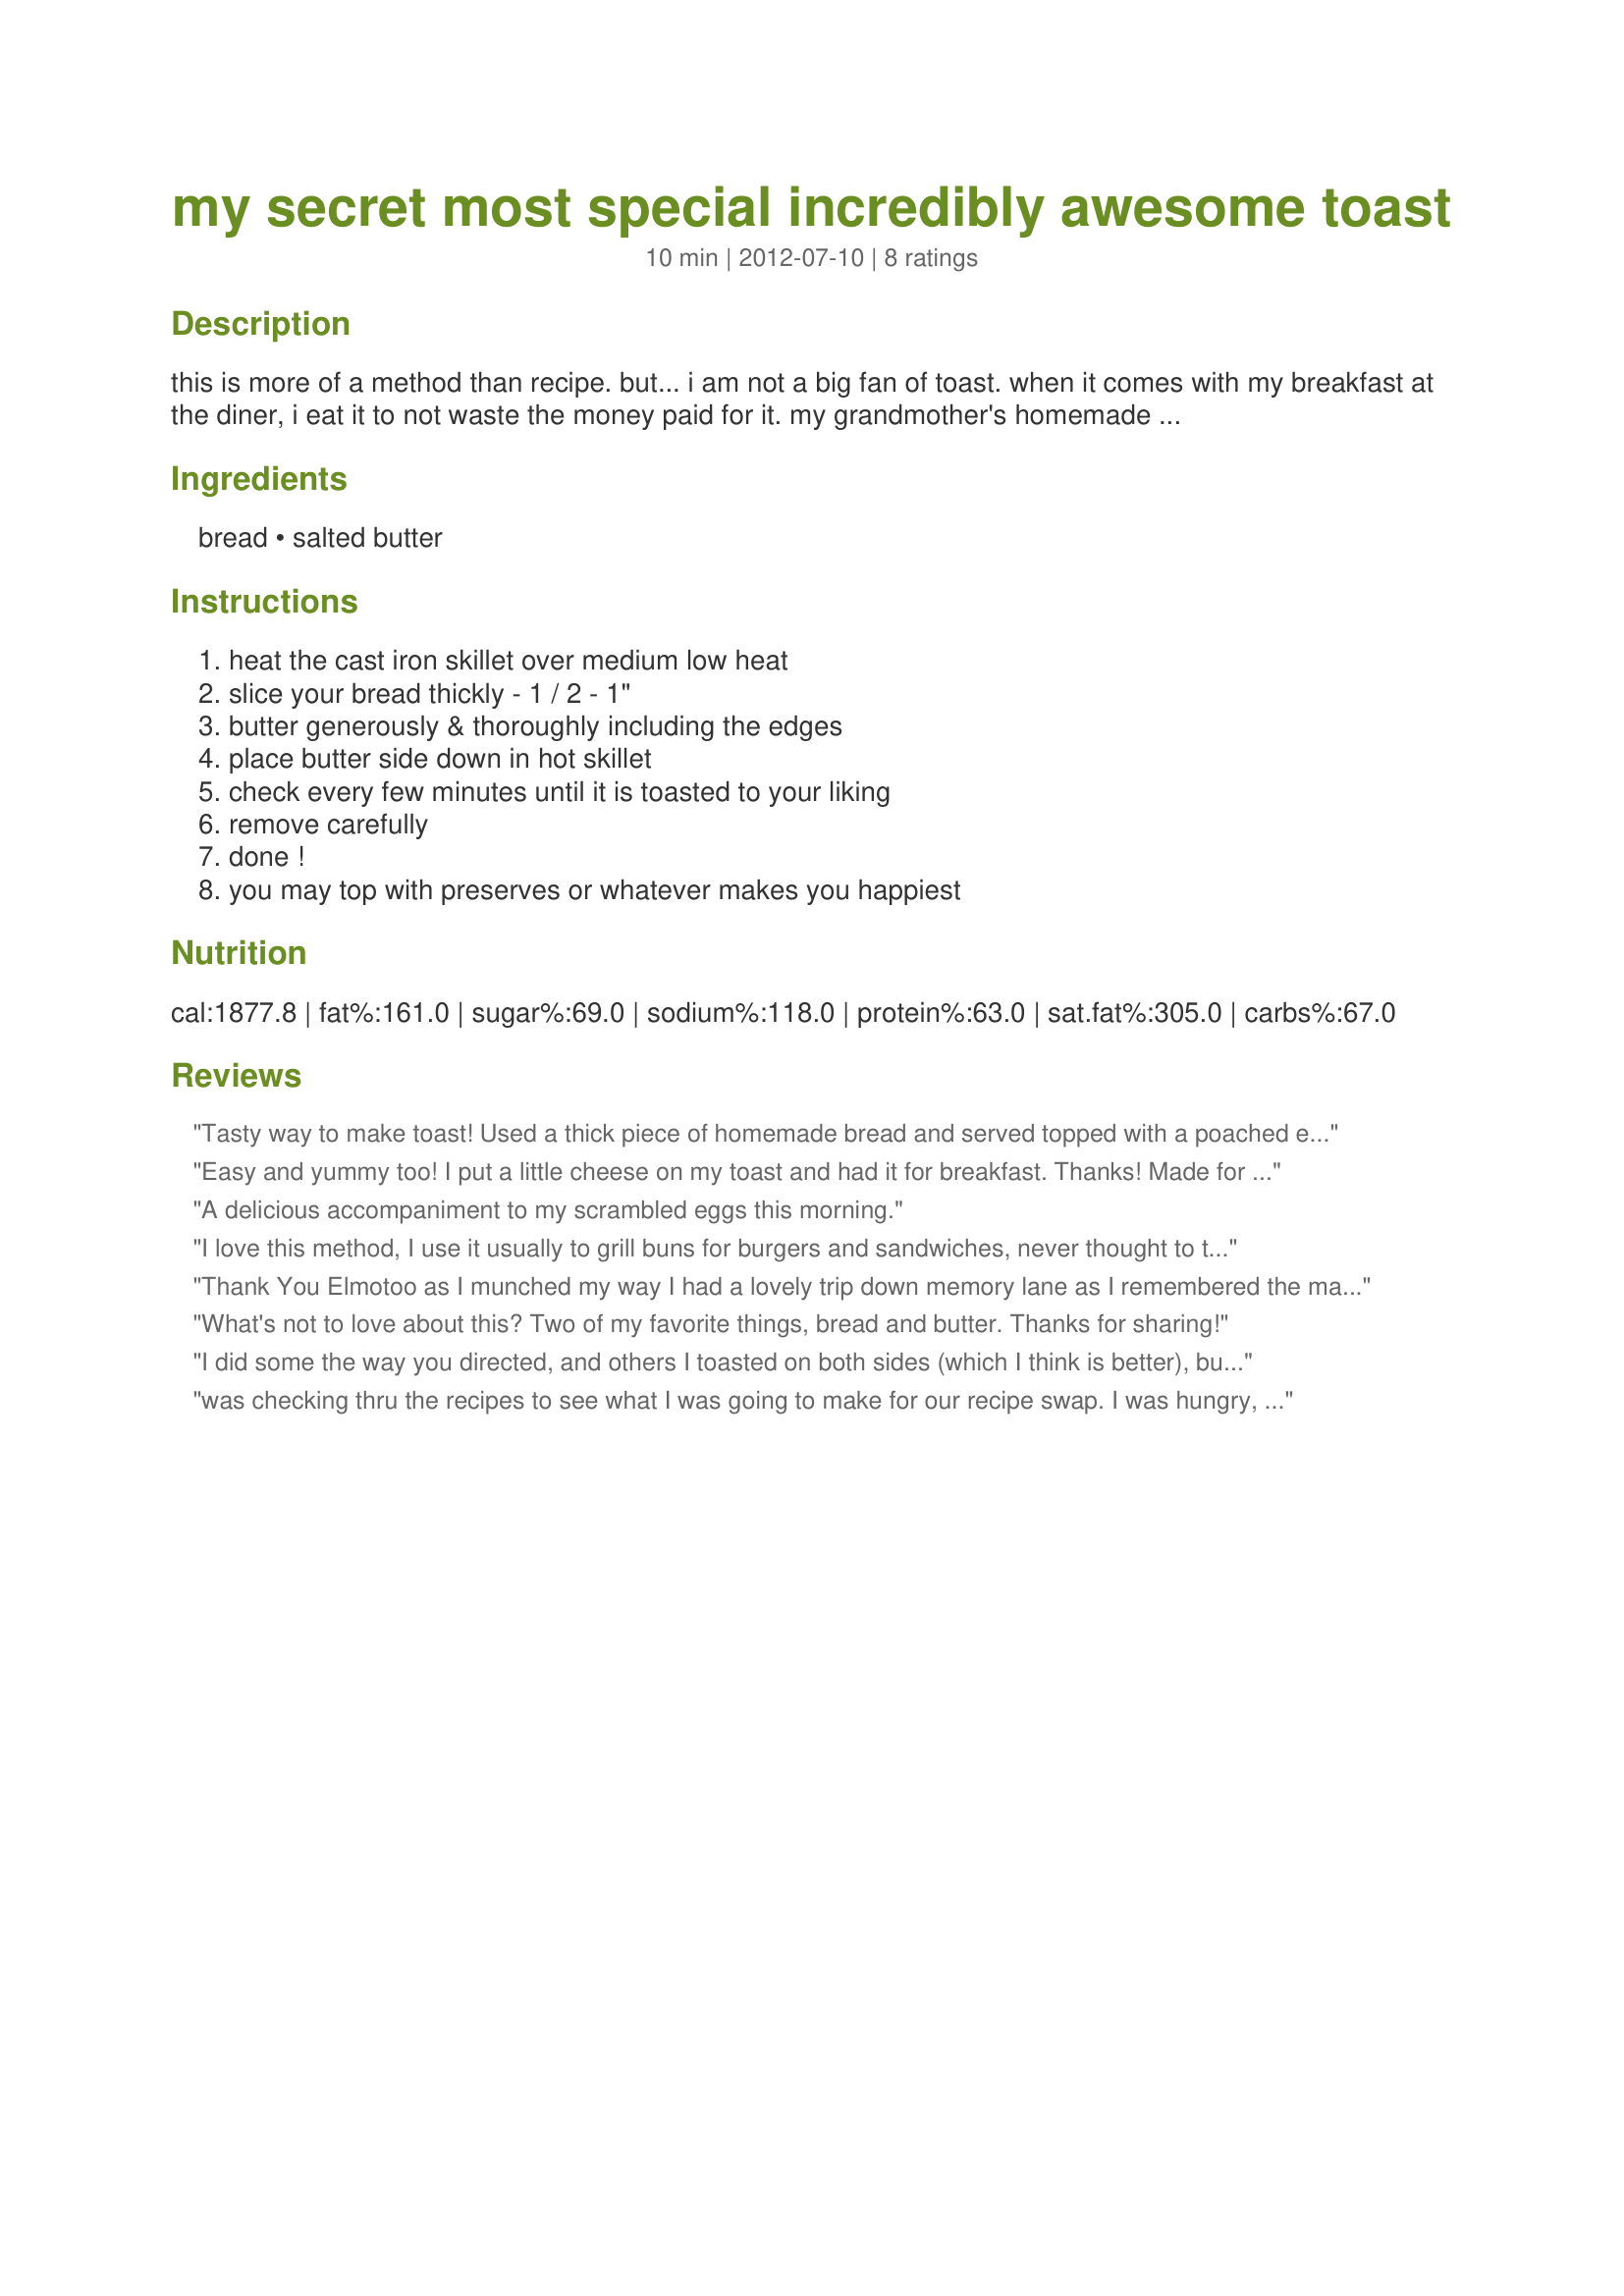
my secret most special incredibly awesome toast
Preparation time: 10 minutes

this is more of a method than recipe. but...

i am not a big fan of toast. when it comes with my breakfast at the diner, i eat it to not waste the money paid for it. my grandmother's homemade bread toast was, of course, an exception. but she's gone & bread making is not my, um...forte.

but, i picked up a loaf of really nice artisanal bread at a bakery & had an idea.... your bread doesn't need to be round, it just can't be flat. this method produces toast that will make your head swirl. you must have a heavy, preferably cast iron, skillet. i recommend the best butter you can afford.

Ingredients:
bread, salted butter

Steps:
heat the cast iron skillet over medium low heat, slice your bread thickly - 1 / 2 - 1", butter generously & thoroughly including the edges, place butter side down in hot skillet, check every few minutes until it is toasted to your liking, remove carefully, done !, you may top with preserves or whatever makes you happiest

Reviews:
Tasty way to make toast! Used a thick piece of homemade bread and served topped with a poached egg for a great breakfast - thanks for sharing the recipe! Made for the Best of 2013 event, recommended by I&#039;mPat
Easy and yummy too! I put a little cheese on my toast and had it for breakfast. Thanks! Made for Vegetarian Swap-Oct.(Stars aren't sticking, but this gets 5)
A delicious accompaniment to my scrambled eggs this morning.
I love this method, I use it usually to grill buns for burgers and sandwiches, never thought to try it for toast. Wow, was this good, I used sweet butter and plain white bread, what a treat. I finished it off with some homemade strawberry preserves, what a perfect brekky it was. Thanks for sharing Elmotoo.
Thank You Elmotoo as I munched my way I had a lovely trip down memory lane as I remembered the many breakfasts that my dad used to make toasting bread though on both sides as it was usually a day or two old and some of my favourite toppings were smoky ham with a fried egg or soft scrambled egg, baked beans with crispy bacon or sardines that had been cooked in tomato sauce but today I topped it with an adult favourtie, ricotta cheese laced with a little vanilla essence and toped with slices of fresh nectarine yummm, thank you once again Elmotoo, made for Aussie/Kiwi Recipe Swap #72 January 2013.
What's not to love about this? Two of my favorite things, bread and butter. Thanks for sharing!
I did some the way you directed, and others I toasted on both sides (which I think is better), but the key thing for the great flavor that this method produces is to toast it until it is brown (but not black), something you might have to play around with a little. Mine went from no color to very brown fast on the first side and the second side got pretty brown in less than a minute.
was checking thru the recipes to see what I was going to make for our recipe swap. I was hungry, and thinking about a fried egg sandwich when I found this :)<br/>turned out very well. I made the sandwich with the crunchy side in, best lunch for a long time !!<br/>made for Aussie swap, september 2012
